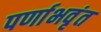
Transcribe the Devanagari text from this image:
पर्णाभवृंत